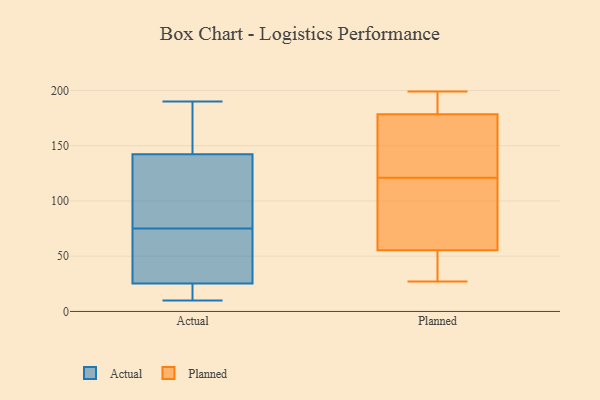
{"axis": {"x": "Budget (USD K)", "y": "Value"}, "legend": ["Actual", "Planned"], "data": [{"x": "", "y": 10, "type": "Actual"}, {"x": "", "y": 20, "type": "Actual"}, {"x": "", "y": 170, "type": "Actual"}, {"x": "", "y": 178, "type": "Actual"}, {"x": "", "y": 131, "type": "Actual"}, {"x": "", "y": 35, "type": "Actual"}, {"x": "", "y": 19, "type": "Actual"}, {"x": "", "y": 82, "type": "Actual"}, {"x": "", "y": 131, "type": "Actual"}, {"x": "", "y": 75, "type": "Actual"}, {"x": "", "y": 16, "type": "Actual"}, {"x": "", "y": 104, "type": "Actual"}, {"x": "", "y": 50, "type": "Actual"}, {"x": "", "y": 146, "type": "Actual"}, {"x": "", "y": 32, "type": "Actual"}, {"x": "", "y": 190, "type": "Actual"}, {"x": "", "y": 189, "type": "Actual"}, {"x": "", "y": 39, "type": "Actual"}, {"x": "", "y": 23, "type": "Actual"}, {"x": "", "y": 99, "type": "Planned"}, {"x": "", "y": 148, "type": "Planned"}, {"x": "", "y": 27, "type": "Planned"}, {"x": "", "y": 31, "type": "Planned"}, {"x": "", "y": 80, "type": "Planned"}, {"x": "", "y": 89, "type": "Planned"}, {"x": "", "y": 47, "type": "Planned"}, {"x": "", "y": 170, "type": "Planned"}, {"x": "", "y": 64, "type": "Planned"}, {"x": "", "y": 193, "type": "Planned"}, {"x": "", "y": 182, "type": "Planned"}, {"x": "", "y": 143, "type": "Planned"}, {"x": "", "y": 177, "type": "Planned"}, {"x": "", "y": 180, "type": "Planned"}, {"x": "", "y": 31, "type": "Planned"}, {"x": "", "y": 199, "type": "Planned"}]}